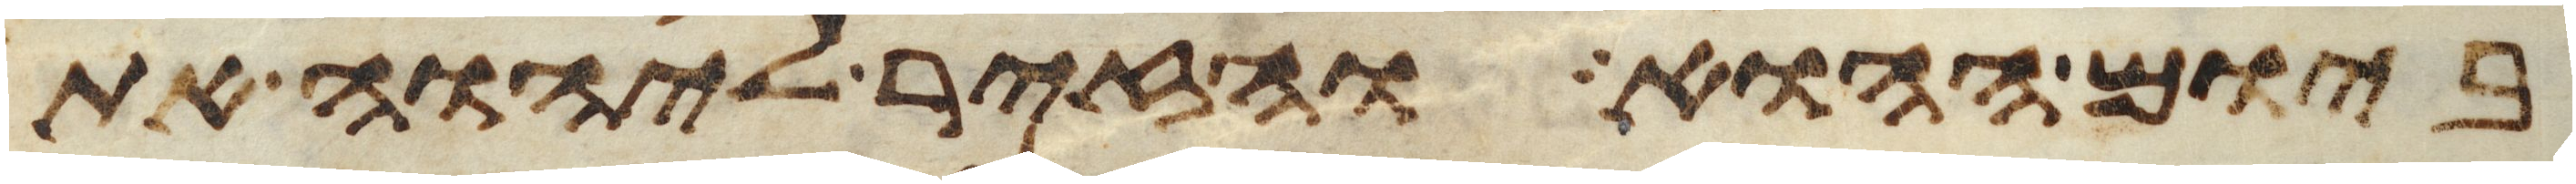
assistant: ביום ההוא והזיר ליהוה את